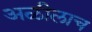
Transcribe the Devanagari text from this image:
अळीलाच